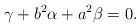
LaTeX: \begin{align*}\gamma+b^2\alpha+a^2\beta=0.\end{align*}